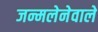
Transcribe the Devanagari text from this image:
जन्मलेनेवाले